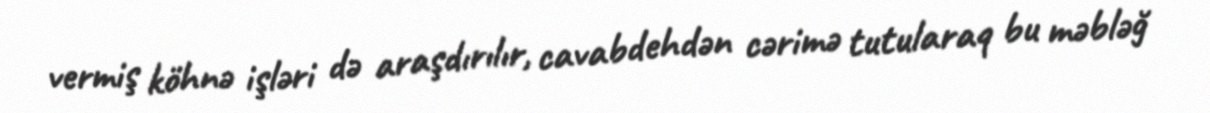
vermiş köhnə işləri də araşdırılır, cavabdehdən cərimə tutularaq bu məbləğ